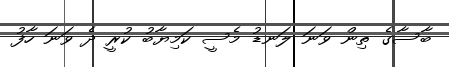
ބާސާގެ ތިން ވަނަ ލަނޑު މެސީ ކަމިޔާބު ކުރީ ދެ ވަނަ ހާފު